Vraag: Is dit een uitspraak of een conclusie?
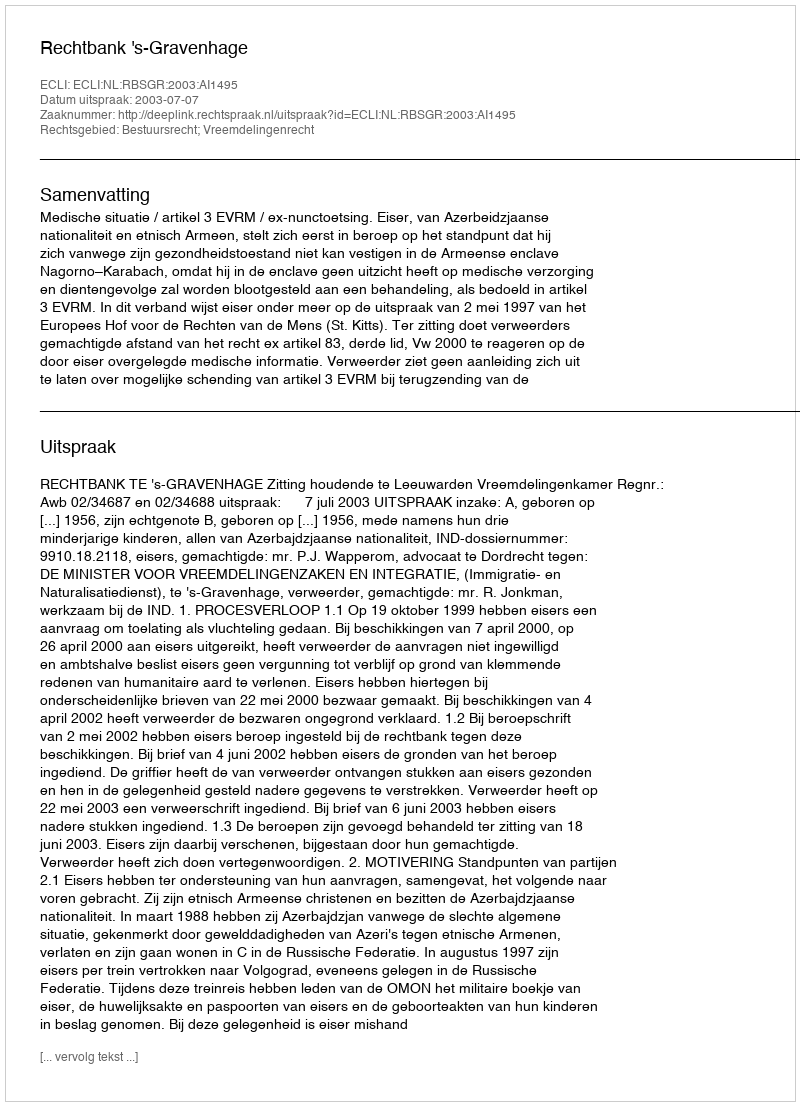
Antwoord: Uitspraak